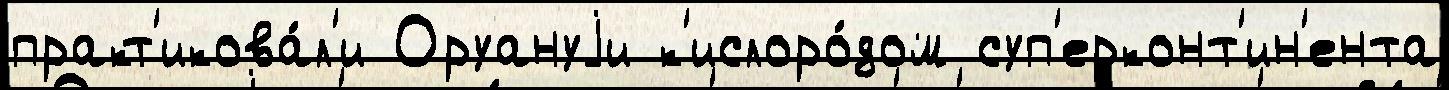
практ'икова́л'и Оруануjи к'ислоро́дом суп'ерконт'ин'ента